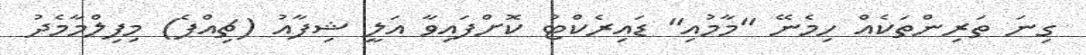
ގިނަ ތަރިންތަކެއް ހިމެނޭ "މާމުއި" ޑައިރެކްޓު ކޮށްފައިވާ އަލީ ޝިފާއު (ޗިއްޕެ) މިފިލްމާމެދު